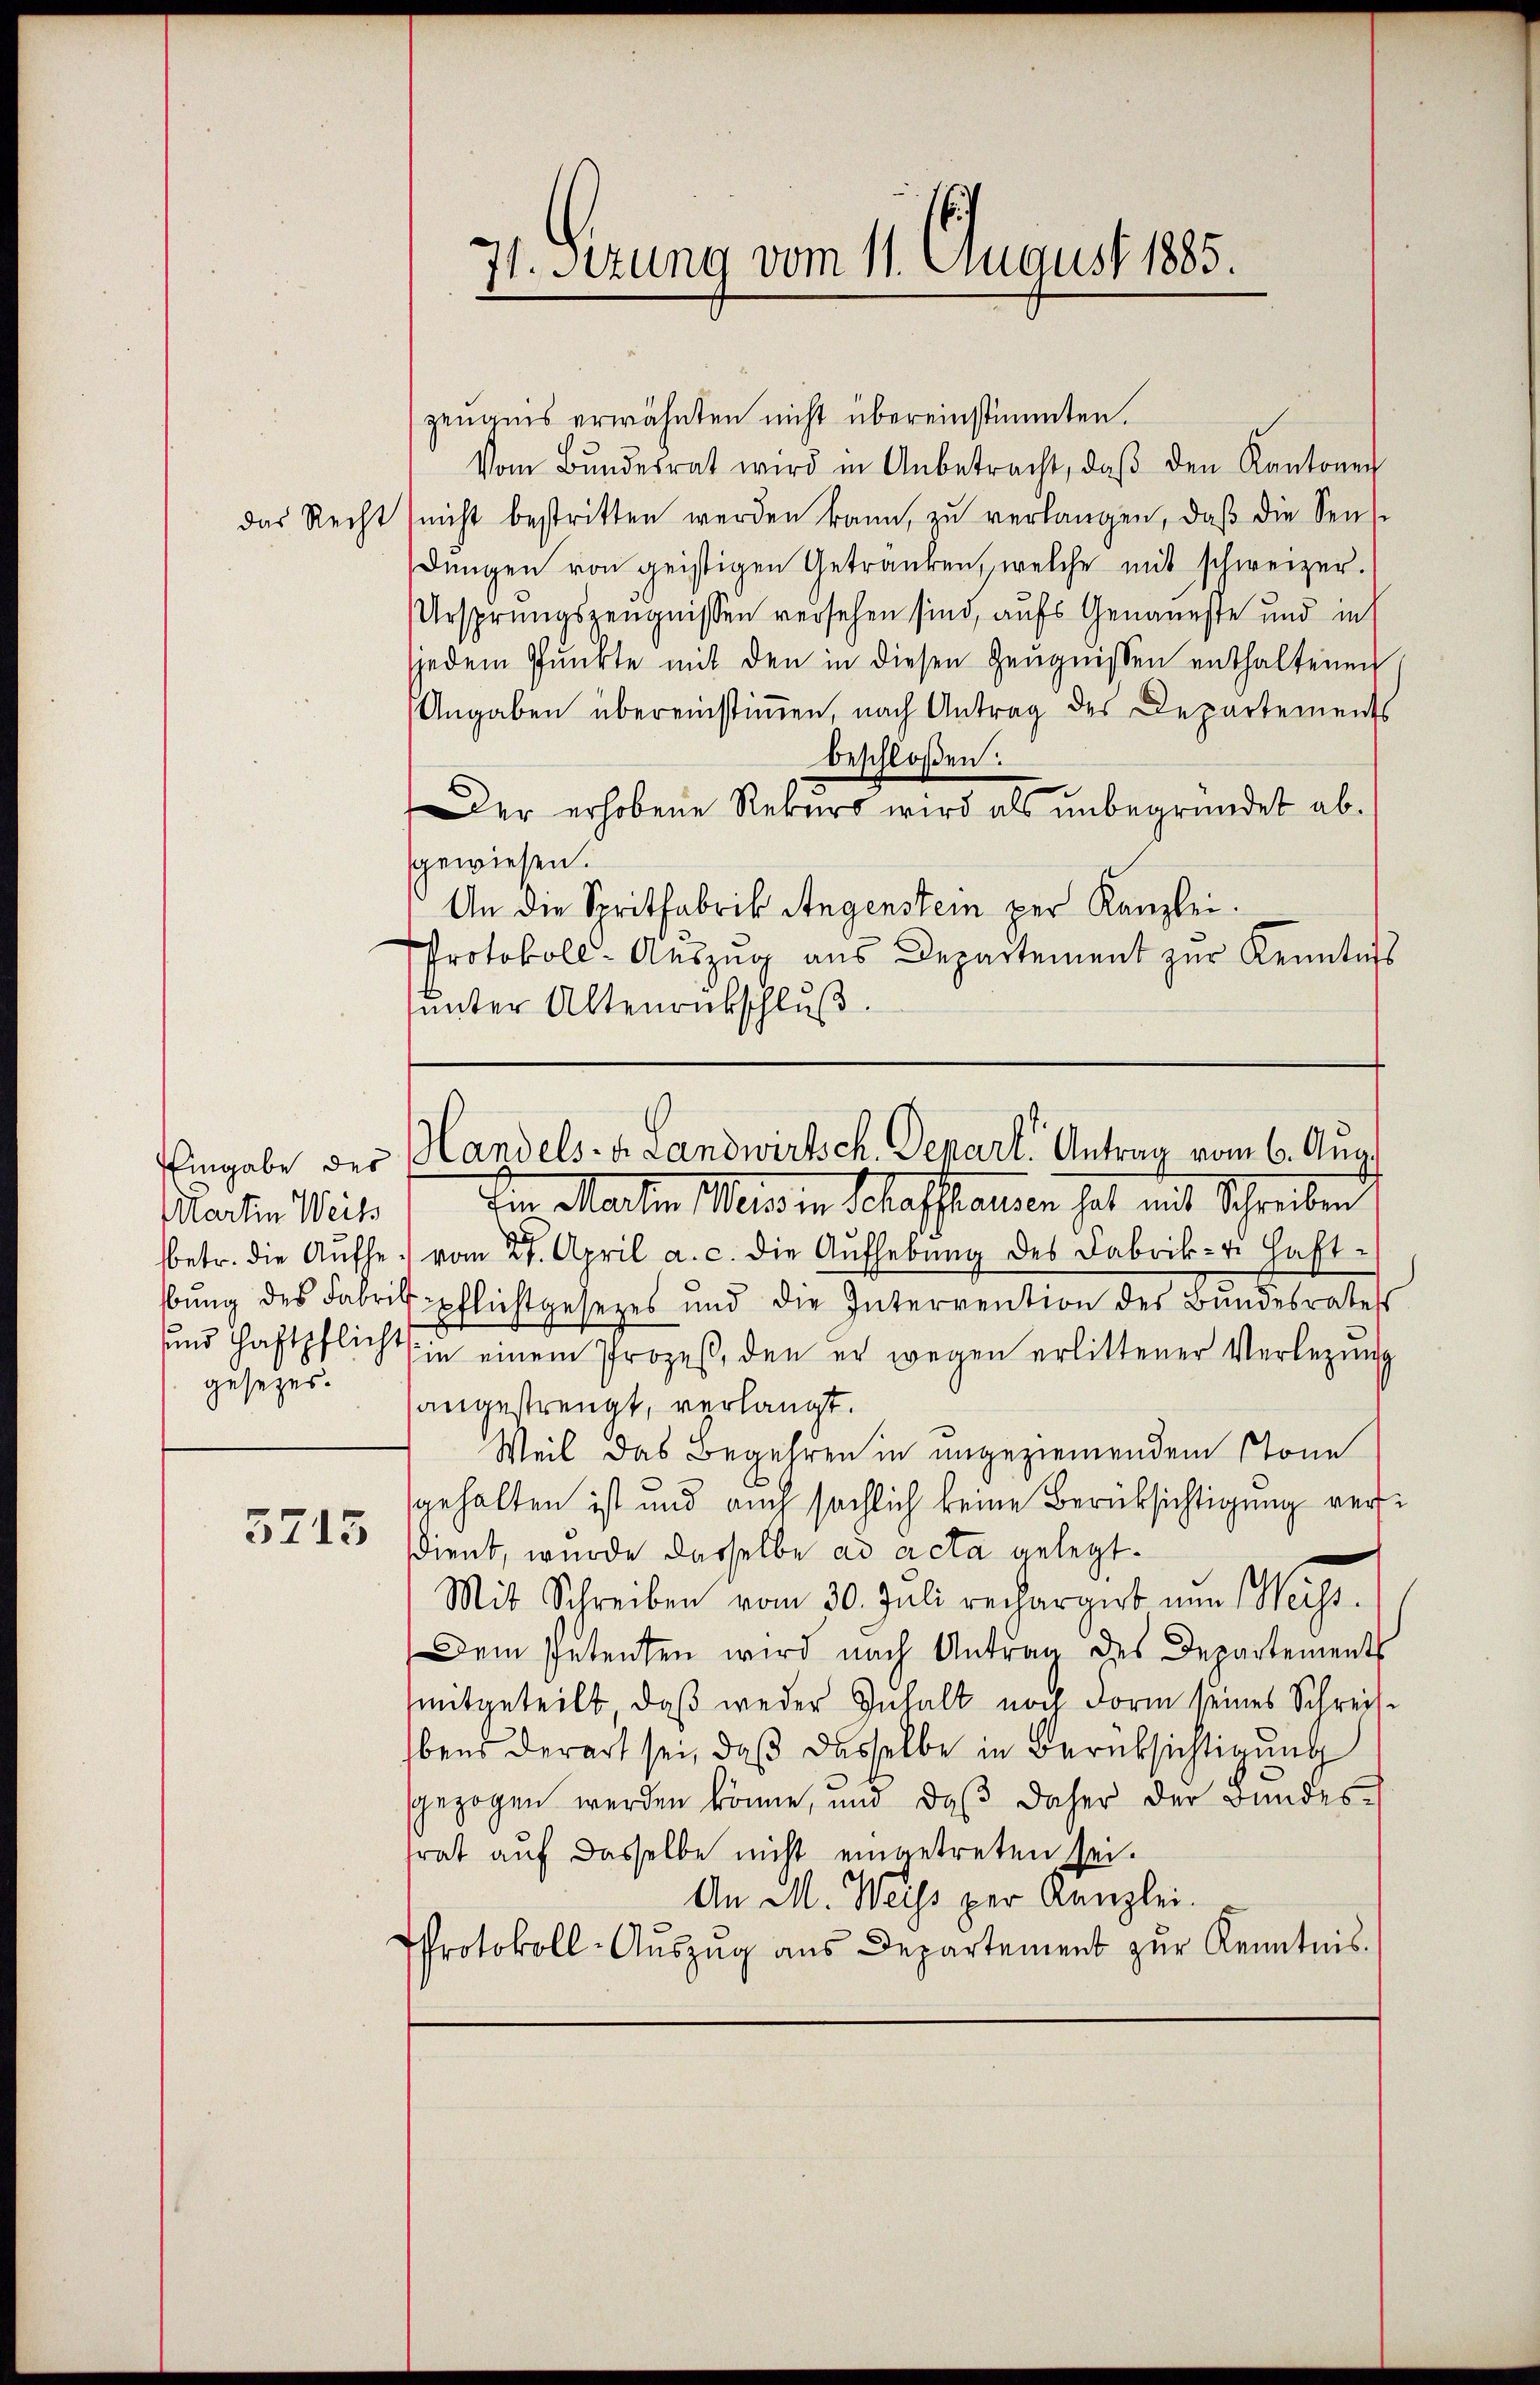
Martin Weiss
bung des Fabri
gesezes.

3715

zeugnis erwähnten nicht übereinstimmten.
Vom Bŭndesrat wird in Anbetracht, daβ den Kantonen
das Recht (nicht bestritten werden kann, zŭ verlangen, daβ die Sens
dŭngen von geistigen Getränken, welche mit schweizer.
Ursprungszeugnissen versehen sind, aufs Genaueste und in
jedem Pŭnkte mit den in diesen Zeŭgnissen enthaltenen
Angaben übereinstimmen, nach Antrag des Departements
beschloßen:
Der erhobene Rekurs wird als unbegründet absgewiesen.
An die Spritfabrik Angenstein per Kanzlei.
Protokoll-Auszug aus Departement zur Kenntniss
unter Altenrückschluß.

71. Setzung vom 11. August 1885.

Eingabe der Handels- u. Landwirtsch. Depart. Antrag vom 6. Aug.

Ein Martien Weisen Schaffhausen hat mit Schreiben
betr. die Aŭfhe vom 27. April a. c. die Aufhebung des Fabrik- u. Haft-
Erpflichtgesezes und die Interrention des Bundesrates
und Haftpflicht in einem Prozeβ, den er wegen erlittener Verlegung
angestrengt, verlangt.
Weil das Begehren in angeziemendem Stone
gehalten ist und auch sächlich keine Berüksichtigung versdient, wurde dasselbe ad acta gelegt.
Mit Schreiben vom 30. Juli rechargirt um Wechs¬
Dem Petenten wird nach Antrag des Departements
mitgeteilt, daß weder Inhalt noch Form seines Schreisbens derart sei, daß dasselbe in Berüksichtigung
sgezogen werden könne, und daβ daher der Bundes-
rat auf dasselbe nicht eingetreten sei.
An M. Weiss per Kanzlei.
Protokoll-Aŭszŭg aŭs Departement zŭr Kenntnis.